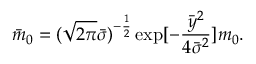
{ \bar { m } } _ { 0 } = ( \sqrt { 2 \pi } { \bar { \sigma } } ) ^ { - \frac { 1 } { 2 } } \exp [ - \frac { { \bar { y } } ^ { 2 } } { 4 { \bar { \sigma } } ^ { 2 } } ] m _ { 0 } .